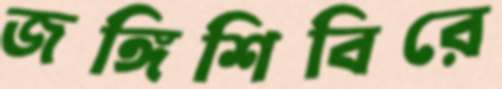
জঙ্গিশিবিরে